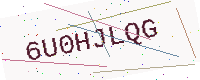
Text: 6U0HJLQG